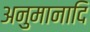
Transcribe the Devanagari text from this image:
अनुमानादि